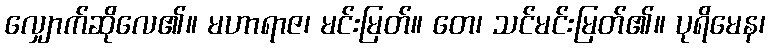
လျှောက်ဆိုလေ၏။ မဟာရာဇ၊ မင်းမြတ်။ တေ၊ သင်မင်းမြတ်၏။ ပုရိမေန၊